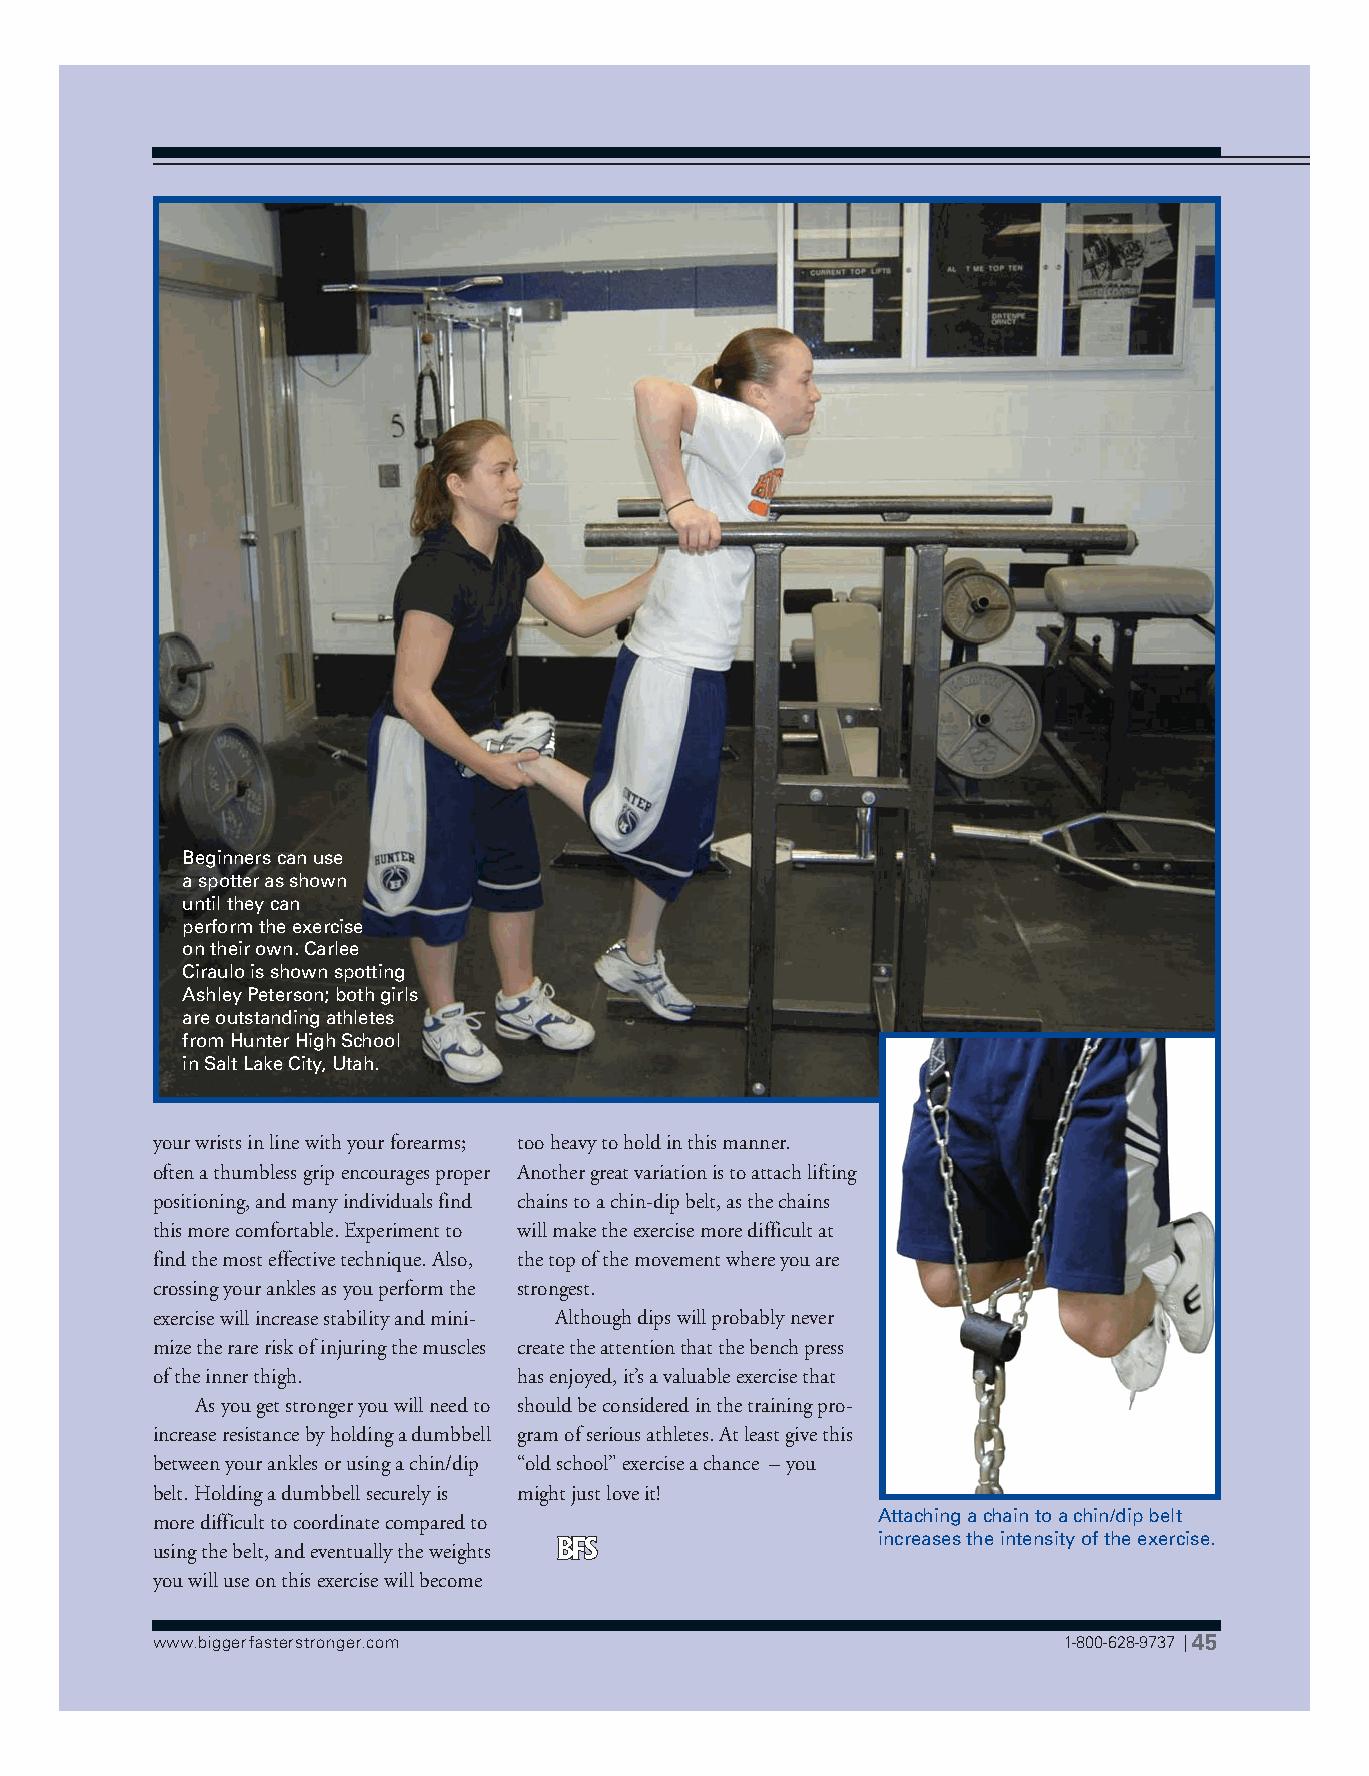
Beginners can use
 a spotter as shown
 until they can
 perform the exercise
 on their own. Carlee
 Ciraulo is shown spotting
 Ashley Peterson; both girls
 are outstanding athletes
 from Hunter High School
 in Salt Lake City, Utah.
 your wrists in line with your forearms; too heavy to hold in this manner.
 often a thumbless grip encourages proper Another great variation is to attach lifting
 positioning, and many individuals find chains to a chin-dip belt, as the chains
 this more comfortable. Experiment to will make the exercise more difficult at
 find the most effective technique. Also, the top of the movement where you are
 crossing your ankles as you perform the strongest.
 exercise will increase stability and mini- Although dips will probably never
 mize the rare risk of injuring the muscles create the attention that the bench press
 of the inner thigh.     has enjoyed, it’s a valuable exercise that
 As you get stronger you will need to should be considered in the training pro-
 increase resistance by holding a dumbbell gram of serious athletes. At least give this
 between your ankles or using a chin/dip “old school” exercise a chance – you
 belt. Holding a dumbbell securely is might just love it!
 more difficult to coordinate compared to        Attaching a chain to a chin/dip belt
 increases the intensity of the exercise.
 using the belt, and eventually the weights
 you will use on this exercise will become
 www.biggerfasterstronger.com                                1-800-628-9737 | 45